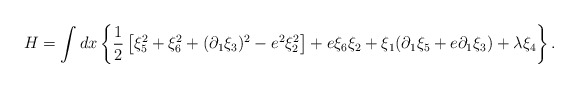
\begin{align*}H =\int dx \left\{ \frac{1}{2}\left[\xi _{5}^{2}+\xi _{6}^{2}+(\partial _{1}\xi_{3})^{2}-e^{2}\xi _{2}^{2}\right] +e\xi _{6}\xi _{2}+\xi _{1}(\partial _{1}\xi _{5}+e\partial _{1}\xi_{3})+\lambda \xi _{4}\right\}. \end{align*}